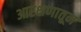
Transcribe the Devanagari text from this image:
आरक्षणातून